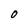
Character: O